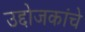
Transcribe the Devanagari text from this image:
उद्दोजकांचे